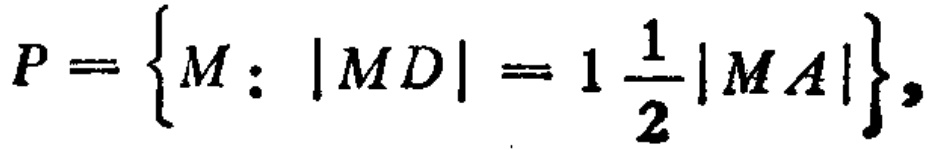
$P = \left\{M:\ |MD| = 1\frac{1}{2}|MA|\right\},$